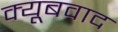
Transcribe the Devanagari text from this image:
क्यूबवाद